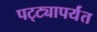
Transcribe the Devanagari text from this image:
पट्‍ट्यापर्यंत